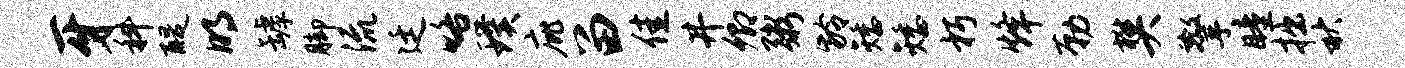
牙科醍明罅脚流廷咯璞庇留佳井卿粥龄矮矮朽烽勒樊擎瞳拙秋